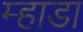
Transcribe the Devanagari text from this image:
म्हाडा